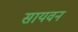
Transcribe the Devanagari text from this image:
सायवन